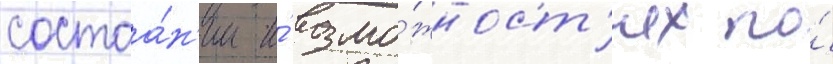
состоа́н'ии и́ возмо́жност'ях по́